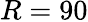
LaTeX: R=90